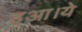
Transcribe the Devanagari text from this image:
हुआ।ये